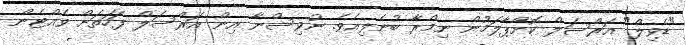
"ޑެވިލް" އަރްސަލް ކޮށްޕާލަމުން ނިމްރާ ބުނެލިއެވެ. ނުވިސްނާ އިން އަރްސަލް ފަހަތަށް ވެއްޓެން